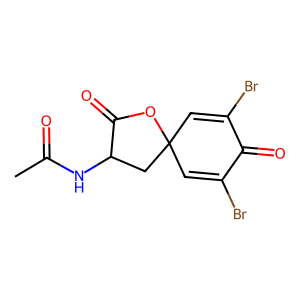
SMILES: CC(=O)NC1CC2(C=C(Br)C(=O)C(Br)=C2)OC1=O
Inhibits HIV replication: No